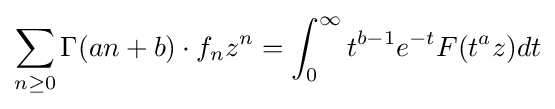
\sum _{n\geq 0}\Gamma (an+b)\cdot f_{n}z^{n}=\int _{0}^{\infty }t^{b-1}e^{-t}F(t^{a}z)dt